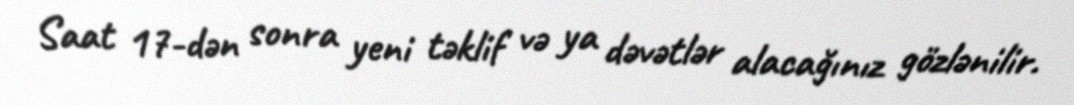
Saat 17-dən sonra yeni təklif və ya dəvətlər alacağınız gözlənilir.